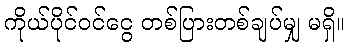
ကိုယ်ပိုင်ဝင်ငွေ တစ်ပြားတစ်ချပ်မျှ မရှိ။